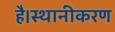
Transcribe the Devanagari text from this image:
है।स्थानीकरण